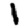
Digit: 1